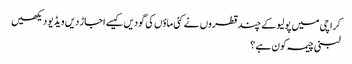
کراچی میں پولیو کے چند قطروں نے کئی ماؤں کی گودیں کیسے اجاڑ دیں ویڈیو دیکھیں
لبنی چیمہ کون ہے ؟